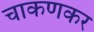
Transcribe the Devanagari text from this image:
चाकणकर